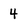
Character: 4